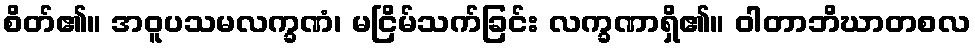
စိတ်၏။ အဝူပသမလက္ခဏံ၊ မငြိမ်သက်ခြင်း လက္ခဏာရှိ၏။ ဝါတာဘိဃာတစလ